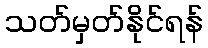
သတ်မှတ်နိုင်ရန်